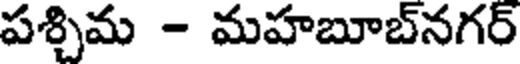
పశ్చిమ - మహబూబ్నగర్